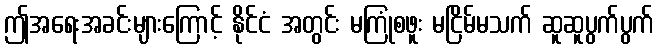
ဤအရေးအခင်းများကြောင့် နိုင်ငံ အတွင်း မကြုံစဖူး မငြိမ်မသက် ဆူဆူပွက်ပွက်